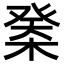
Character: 𣔽